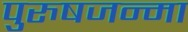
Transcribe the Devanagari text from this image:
पुरुषजन्मा